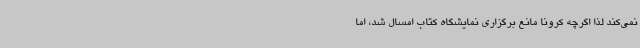
نمی‌کند لذا اگرچه کرونا مانع برگزاری نمایشگاه کتاب امسال شد، اما